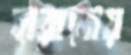
হারানোয়